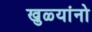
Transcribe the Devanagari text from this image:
खुळ्यांनो